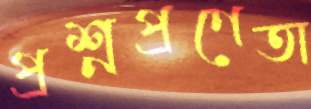
প্রশ্নপ্রণেতা